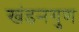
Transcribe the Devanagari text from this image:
खंडनगुण